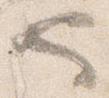
也